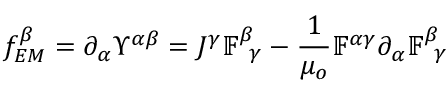
f _ { E M } ^ { \beta } = \partial _ { \alpha } \Upsilon ^ { \alpha \beta } = J ^ { \gamma } \mathbb { F } _ { \, \, \, \gamma } ^ { \beta } - \frac { 1 } { \mu _ { o } } \mathbb { F } ^ { \alpha \gamma } \partial _ { \alpha } \mathbb { F } _ { \, \, \, \gamma } ^ { \beta }